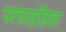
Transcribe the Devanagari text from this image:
पश्चखंडिका